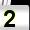
Digit: 2